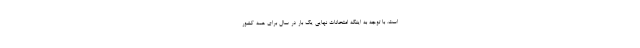
است. با توجه به اینکه امتحانات نهایی یک بار در سال برای همه کشور